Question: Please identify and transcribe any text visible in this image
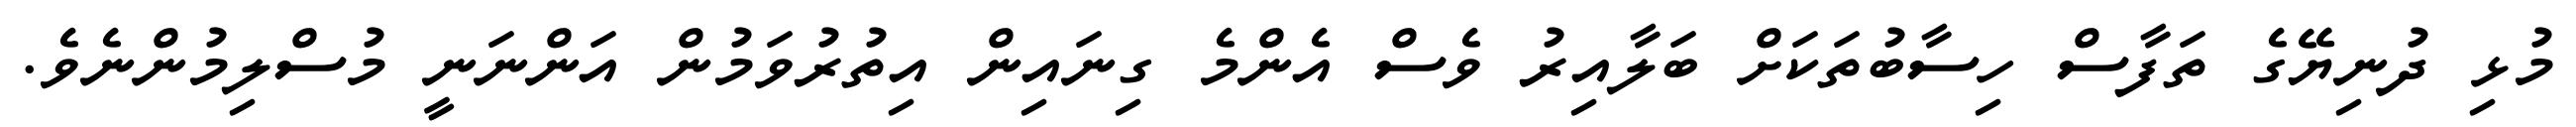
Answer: މުޅި ދުނިޔޭގެ ތަފާސް ހިސާބުތަކަށް ބަލާއިރު ވެސް އެންމެ ގިނައިން އިތުރުވަމުން އަންނަނީ މުސްލިމުންނެވެ.